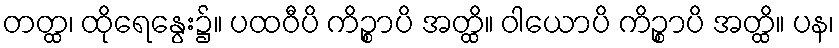
တတ္ထ၊ ထိုရေနွေး၌။ ပထဝီပိ ကိဉ္စာပိ အတ္ထိ။ ဝါယောပိ ကိဉ္စာပိ အတ္ထိ။ ပန၊